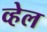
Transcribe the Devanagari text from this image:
व्‍हेल